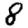
Digit: 8